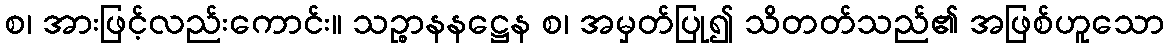
စ၊ အားဖြင့်လည်းကောင်း။ သဉ္စာနနဋ္ဌေန စ၊ အမှတ်ပြု၍ သိတတ်သည်၏ အဖြစ်ဟူသော